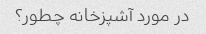
در مورد آشپزخانه چطور؟